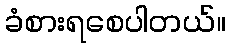
ခံစားရစေပါတယ်။